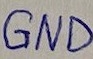
Text: GND